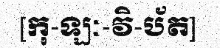
[កុ-ឡៈ-វិ-ប័ត]